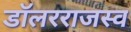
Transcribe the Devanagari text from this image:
डॉलरराजस्व